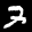
Label: 3